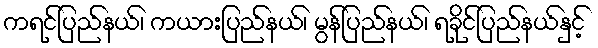
ကရင်ပြည်နယ်၊ ကယားပြည်နယ်၊ မွန်ပြည်နယ်၊ ရခိုင်ပြည်နယ်နှင့်